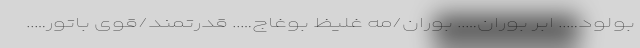
بولود….. ابر بوران….. بوران/مه غلیظ بوغاج….. قدرتمند/قوی باتور…..